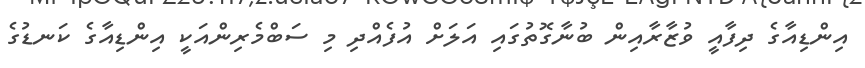
އިންޑިއާގެ ދިފާއީ ވުޒާރާއިން ބުނާގޮތުގައި އަލަށް އުފެއްދި މި ސަބްމެރިންއަކީ އިންޑިއާގެ ކަނޑުގެ